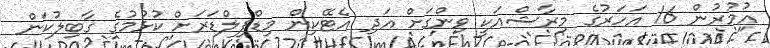
އުމުރުން 16 އަހަރުގެ މިރާޝްއަކީ ވިންގަށް އަދި އެޓޭކިން މިޑްފިލްޑަރަށް ކުޅުމުގެ ގާބިލުކަން